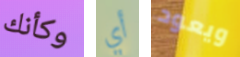
وكأنك أي ويعود